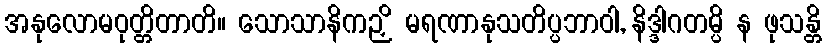
အနုလောမဝုတ္တိတာတိ။ သောသာနိကဉှိ မရဏာနုသတိပ္ပဘာဝါ, နိဒ္ဒါဂတမ္ပိ န ဖုသန္တိ